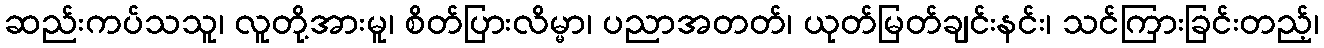
ဆည်းကပ်သသူ၊ လူတို့အားမူ၊ စိတ်ပြားလိမ္မာ၊ ပညာအတတ်၊ ယုတ်မြတ်ချင်းနင်း၊ သင်ကြားခြင်းတည့်၊